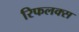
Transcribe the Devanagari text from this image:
रिफलक्स